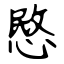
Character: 愍